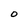
Character: 0